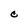
Character: C